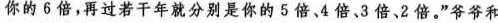
你的6倍，再过若干年就分别是你的5倍、4倍、3倍、2倍。”爷爷和